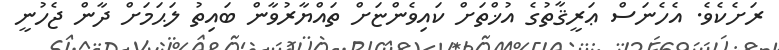
ރަށެކެވެ. އެހެނަސް ޢަރީޤާތުގެ އުޚްތަށް ކައިވެންޏަށް ތައްޔާރުވާން ބައިތު ލަޙަމަށް ދާން ޖެހުނީ